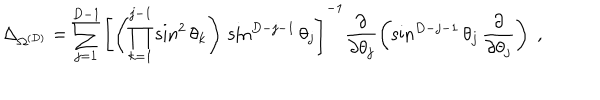
\Delta _ { \Omega ^ { ( { D } ) } } = \sum _ { j = 1 } ^ { { D } - 1 } \left[ \left( \prod _ { k = 1 } ^ { j - 1 } \sin ^ { 2 } \theta _ { k } \right) \, \sin ^ { { D } - j - 1 } \theta _ { j } \right] ^ { - 1 } \frac { \partial } { \partial \theta _ { j } } \left( \sin ^ { { D } - j - 1 } \theta _ { j } \, \frac { \partial } { \partial \theta _ { j } } \right) \; ,